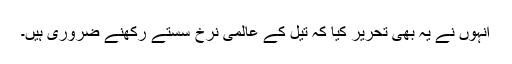
انہوں نے یہ بھی تحریر کیا کہ تیل کے عالمی نرخ سستے رکھنے ضروری ہیں۔